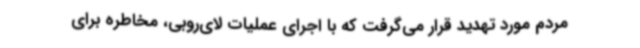
مردم مورد تهدید قرار می‌گرفت که با اجرای عملیات لای‌روبی، مخاطره برای